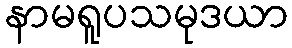
နာမရူပသမုဒယာ